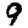
Digit: 9